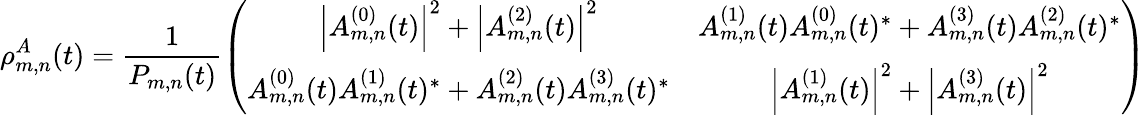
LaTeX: \rho_{m,n}^{A}(t)=\frac{1}{P_{m,n}(t)}\left(\begin{array}{cc}{\left|A_{m,n}^{(0)}(t)\right|^{2}+\left|A_{m,n}^{(2)}(t)\right|^{2}}&{A_{m,n}^{(1)}(t)A_{m,n}^{(0)}(t)^{*}+A_{m,n}^{(3)}(t)A_{m,n}^{(2)}(t)^{*}}\\ {A_{m,n}^{(0)}(t)A_{m,n}^{(1)}(t)^{*}+A_{m,n}^{(2)}(t)A_{m,n}^{(3)}(t)^{*}}&{\left|A_{m,n}^{(1)}(t)\right|^{2}+\left|A_{m,n}^{(3)}(t)\right|^{2}}\end{array}\right)